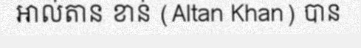
អាល់តាន ខាន់ (Altan Khan) បាន